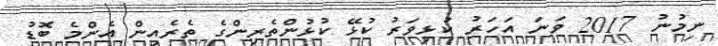
ނިމުނު 2017 ވަނަ އަހަރު ކުޅިވަރު ކުޅޭ ކުޅުންތެރިންގެ ތެރެއިން އެންމެ ބޮޑު